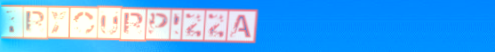
TryOurPizza